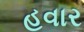
હવાર